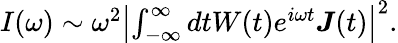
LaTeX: \begin{array}{r}{I(\omega)\sim\omega^{2}\left|\int_{-\infty}^{\infty}dtW(t)e^{i\omega t}\boldsymbol J(t)\right|^{2}.}\end{array}